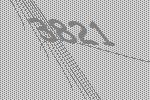
3821